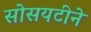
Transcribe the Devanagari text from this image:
सोसयटीने